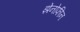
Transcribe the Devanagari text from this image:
झेनोफीन